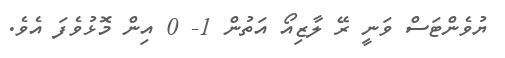
ޔުވެންޓަސް ވަނީ ރޭ ލާޒިއޯ އަތުން 1- 0 އިން މޮޅުވެފަ އެވެ.